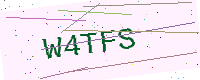
Text: W4TFS